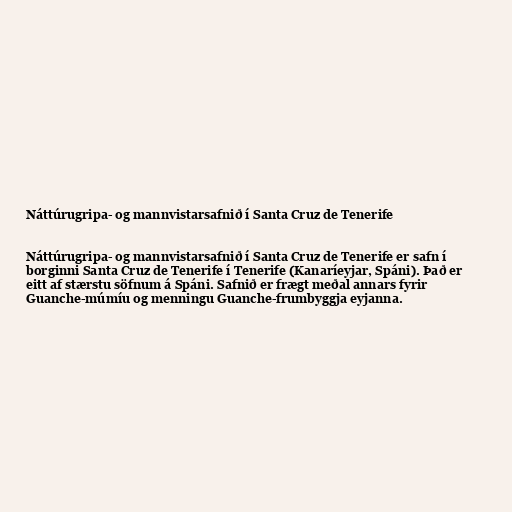
Náttúrugripa- og mannvistarsafnið í Santa Cruz de Tenerife

Náttúrugripa- og mannvistarsafnið í Santa Cruz de Tenerife er safn í
borginni Santa Cruz de Tenerife í Tenerife (Kanaríeyjar, Spáni). Það er
eitt af stærstu söfnum á Spáni. Safnið er frægt meðal annars fyrir
Guanche-múmíu og menningu Guanche-frumbyggja eyjanna.